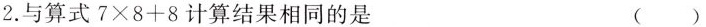
2.与算式7 \times 8+8计算结果相同的是